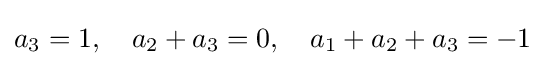
a_{3}=1,\quad a_{2}+a_{3}=0,\quad a_{1}+a_{2}+a_{3}=-1